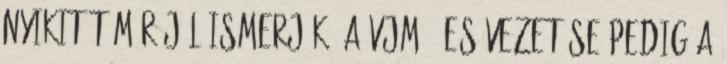
Nyikitát már jól ismerjük, a VJM10-es vezetése pedig a